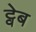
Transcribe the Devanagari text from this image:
ट्वेब